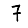
Digit: 7